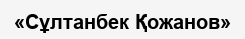
«Сұлтанбек Қожанов»